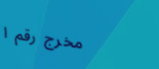
مخرج رقم ١